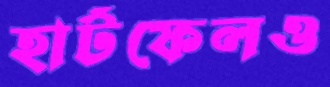
হার্টফেলও